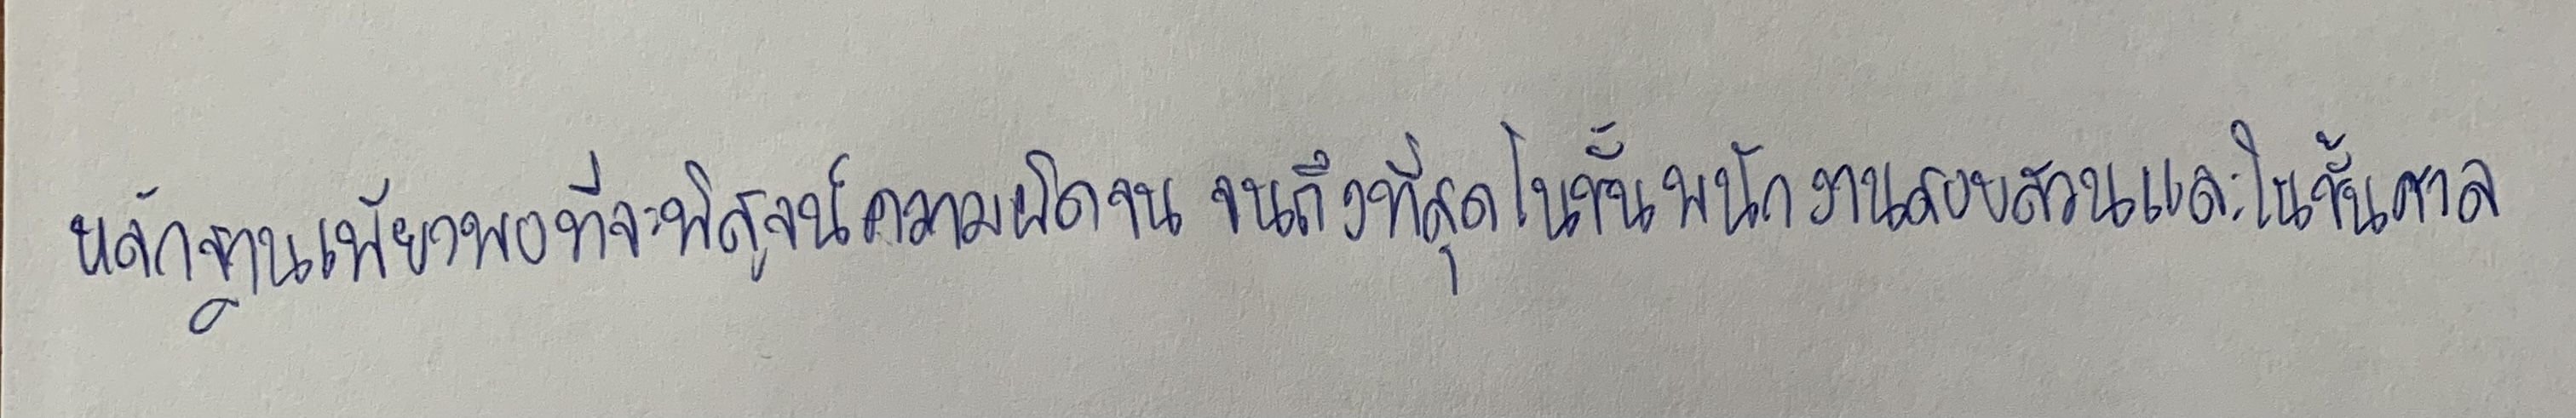
หลักฐานเพียงพอที่จะพิสูจน์ความผิดจนจนถึงที่สุดในชั้นพนักงานสอบสวนและในชั้นศาล